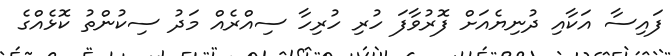
ފައިސާ އަކާއި ދުނިޔެއަށް ފޮރުވާފަ ހުރި ހުރިހާ ސިއްރެއް މަދު ސިކުންތު ކޮޅެއްގެ